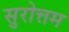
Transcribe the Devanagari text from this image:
सुरोत्तम